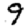
Digit: 9